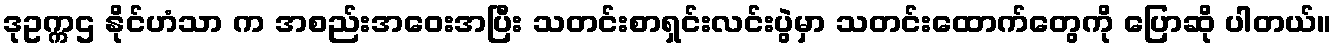
ဒုဥက္ကဌ နိုင်ဟံသာ က အစည်းအဝေးအပြီး သတင်းစာရှင်းလင်းပွဲမှာ သတင်းထောက်တွေကို ပြောဆို ပါတယ်။